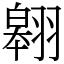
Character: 翱